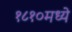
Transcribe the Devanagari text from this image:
१८१०मध्ये